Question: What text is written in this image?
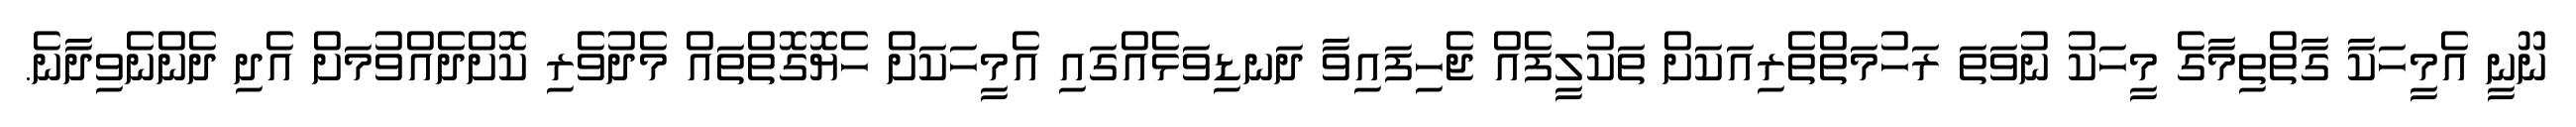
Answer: ނޫނީ އެމީހަކާ ގާތްތިމާގެ މީހަކު ނުވަތަ ރަހުމަތްތެރިއަކަށް ތަކުލީފެއް ޖެހިފައިވާ ދަނޑިވަޅެއްގައި އެމީހަކަށް ހެޔޮގޮތްތައް މެދުވެރި ކޮށްދެއްވުމަށް އެދި ދެންނެވިދާނެ.